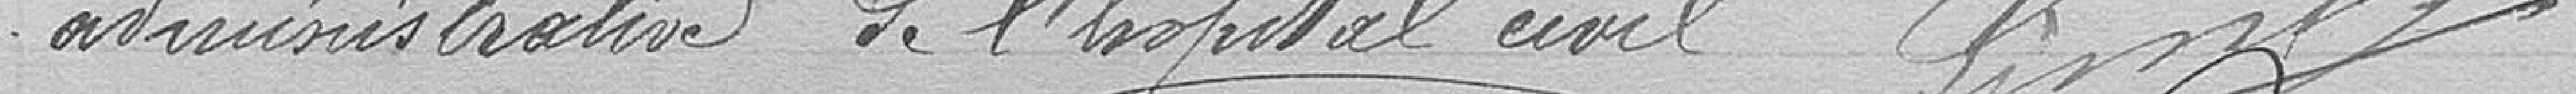
administrative de l'hôpital civil